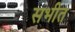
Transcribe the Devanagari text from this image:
सभीत